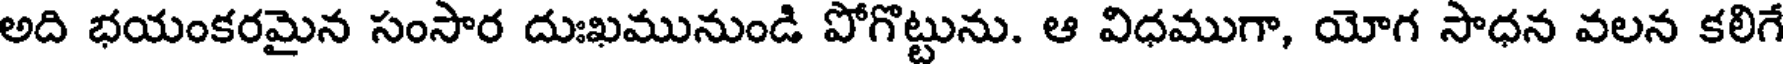
అది భయంకరమైన సంసార దుఃఖమునుండి పోగొట్టును. ఆ విధముగా, యోగ సాధన వలన కలిగే